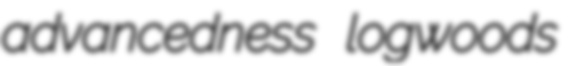
advancedness logwoods